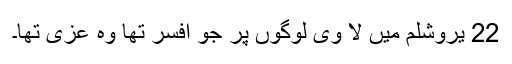
22 یروشلم میں لا وی لوگوں پر جو افسر تھا وہ عُزّی تھا۔